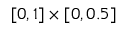
[ 0 , 1 ] \times [ 0 , 0 . 5 ]